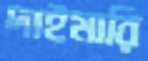
দাইমারি